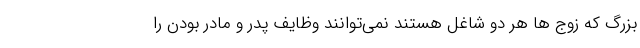
بزرگ که زوج ها هر دو شاغل هستند نمی‌توانند وظایف پدر و مادر بودن را